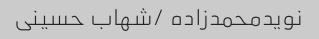
نویدمحمدزاده /شهاب حسینی